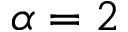
\alpha = 2